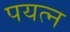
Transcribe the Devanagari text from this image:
पयत्न